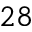
^ { 2 8 }